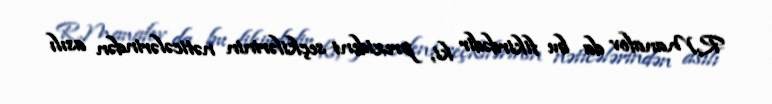
R.Manafov da bu fikirdədir ki, prezident seçkilərinin nəticələrindən asılı